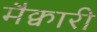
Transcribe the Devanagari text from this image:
मैक्वारी